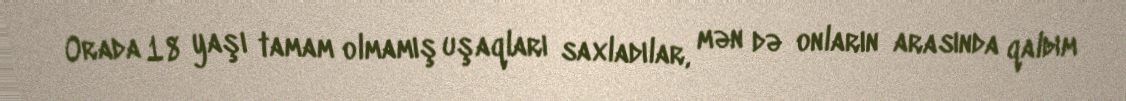
Orada 18 yaşı tamam olmamış uşaqları saxladılar, mən də onların arasında qaldım